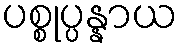
ပစ္စုပ္ပန္နာယ